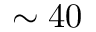
\sim 4 0